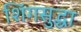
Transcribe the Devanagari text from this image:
शिंगसुद्धा